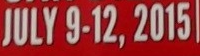
JULY 9-12,2015